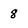
Character: 8